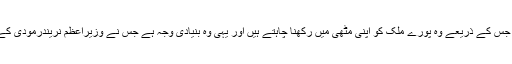
یہ دراصل وزیراعظم نریندرمودی کی اس شدید خواہش کا نتیجہ تھا جس کے ذریعے وہ پورے ملک کو اپنی مٹھی میں رکھنا چاہتے ہیں اور یہی وہ بنیادی وجہ ہے جس نے وزیراعظم نریندرمودی کے خلاف تمام اپوزیشن جماعتوں کوایک پلیٹ فارم پر جمع کردیا ہے۔